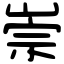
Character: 崇